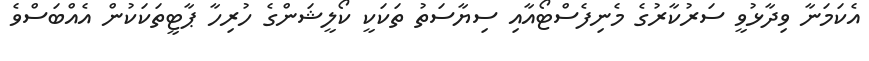
އެކަމަނާ ވިދާޅުވީ ސަރުކާާރުގެ މެނިފެސްޓޯއާއި ސިޔާސަތު ތަކަކީ ކޯލީޝަންގެ ހުރިހާ ޕާޓީތަކަކުން އެއްބަސްވެ